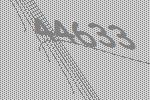
44633